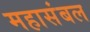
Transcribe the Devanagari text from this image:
महासंबल